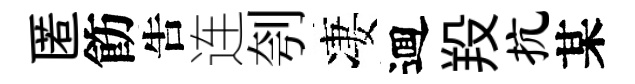
匿飭吿连刳凄逥羖抗某